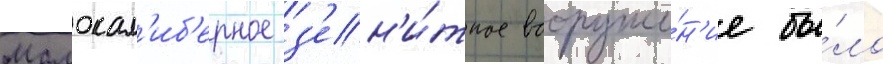
Малокал'иб'ерное з'ен'и́тное вооруже́н'ие бы́ло